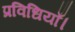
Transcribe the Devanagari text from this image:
प्रविधियाँ।